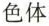
色体